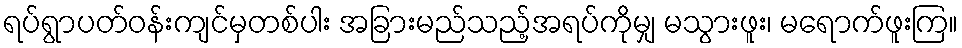
ရပ်ရွာပတ်ဝန်းကျင်မှတစ်ပါး အခြားမည်သည့်အရပ်ကိုမျှ မသွားဖူး၊ မရောက်ဖူးကြ။